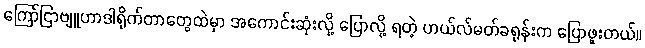
ကြော်ငြာဗျူဟာဒါရိုက်တာတွေထဲမှာ အကောင်းဆုံးလို့ ပြောလို့ ရတဲ့ ဟယ်လ်မတ်ခရုန်းက ပြောဖူးတယ်။